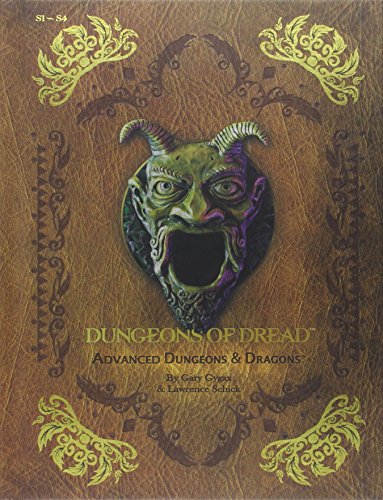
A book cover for Dungeons of Dread: "S" Series Classic Adventure Compilation: (S1 - S4) (D&D Adventure); Wizards RPG Team; Science Fiction & Fantasy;